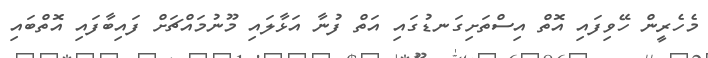
މެހެރީން ހޭވިފައި އޮތް އިސްތަށިގަނޑުގައި އަތް ފުނާ އަޅާލައި މޫނުމައްޗަށް ފައިބާފައި އޮތްބައި